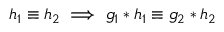
\ \ \, h _ { 1 } \equiv h _ { 2 } \implies g _ { 1 } \ast h _ { 1 } \equiv g _ { 2 } \ast h _ { 2 }